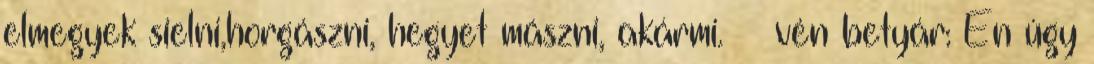
elmegyek sielni,horgászni, hegyet mászni, akármi. vén betyár: Én úgy